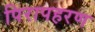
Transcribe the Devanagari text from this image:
पिरापहरण